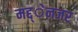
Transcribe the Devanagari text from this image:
मद्द्ेनजर